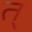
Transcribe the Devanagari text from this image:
त्‌